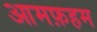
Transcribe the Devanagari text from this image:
आमफ़हम